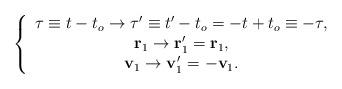
LaTeX: \begin{align*}\left\{\begin{array}{c}\tau \equiv t-t_{o}\rightarrow \tau ^{\prime }\equiv t^{\prime}-t_{o}=-t+t_{o}\equiv -\tau , \\\mathbf{r}_{1}\rightarrow \mathbf{r}_{1}^{\prime }=\mathbf{r}_{1}, \\\mathbf{v}_{1}\rightarrow \mathbf{v}_{1}^{\prime }=-\mathbf{v}_{1}.\end{array}\right. \end{align*}